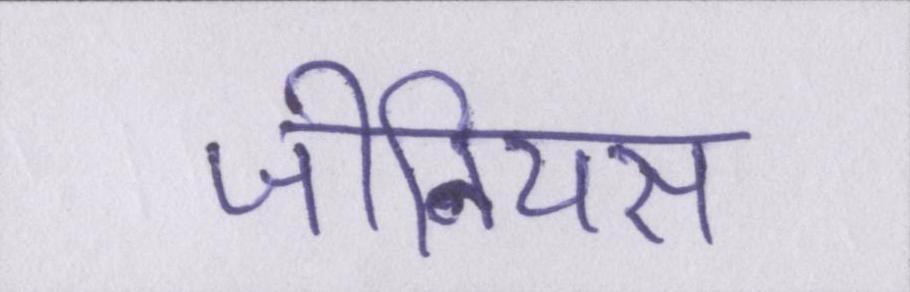
जीनियस